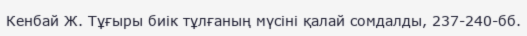
Кенбай Ж. Тұғыры биік тұлғаның мүсіні қалай сомдалды, 237-240-бб.